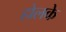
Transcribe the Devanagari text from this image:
होलके